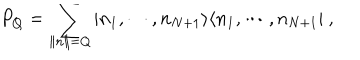
P _ { Q } = \sum _ { \| n \| = Q } \vert n _ { 1 } , \cdots , n _ { N + 1 } \rangle \langle n _ { 1 } , \cdots , n _ { N + 1 } \vert \ ,